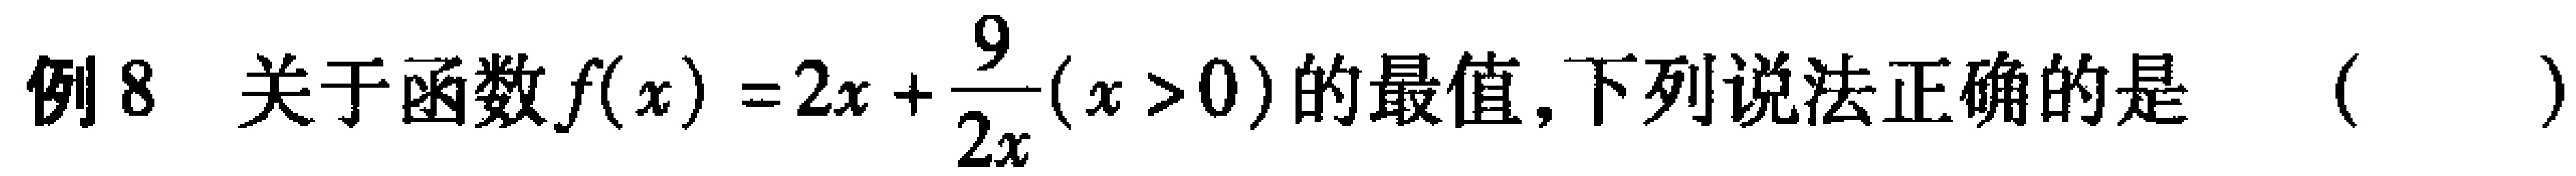
例8 关于函数\(f(x)=2x+\frac{9}{2x}(x > 0)\)的最值，下列说法正确的是（  ）